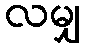
လမျှ